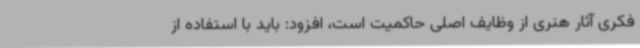
فکری آثار هنری از وظایف اصلی حاکمیت است، افزود: باید با استفاده از